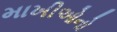
માખીઓનો